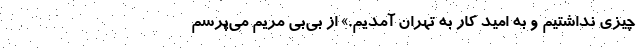
چیزی نداشتیم و به امید کار به تهران آمدیم.» از بی‌بی مریم می‌پرسم